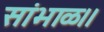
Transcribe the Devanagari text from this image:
सांभाळ।।